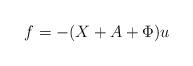
LaTeX: \begin{align*}f = -(X+A+\Phi) u\end{align*}